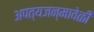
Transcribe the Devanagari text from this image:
अपत्यजन्मावेळी